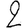
Digit: 2